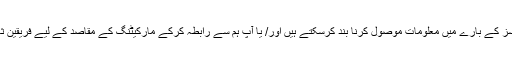
آپ WPO کی جانب سے سرگرمیوں، پروڈکٹس یا سروسز کے بارے میں معلومات موصول کرنا بند کرسکتے ہیں اور/ یا آپ ہم سے رابطہ کرکے مارکیٹنگ کے مقاصد کے لیے فریقین ثالث کے ساتھ معلومات کا اشتراک کرنا بند کرسکتے ہیں۔